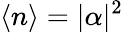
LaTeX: \langle n\rangle=|\alpha|^{2}